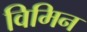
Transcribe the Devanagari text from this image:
विमिन